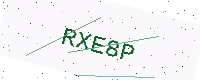
Text: RXE8P